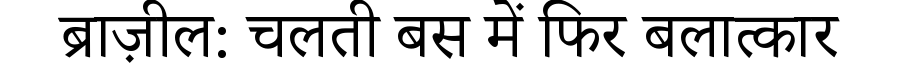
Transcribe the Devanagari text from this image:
ब्राज़ील: चलती बस में फिर बलात्कार